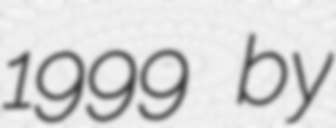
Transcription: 1999 by